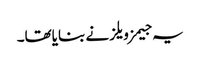
یہ جیمز ویلز نے بنایاتھا۔